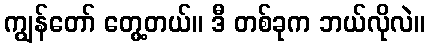
ကျွန်တော် တွေ့တယ်။ ဒီ တစ်ခုက ဘယ်လိုလဲ။